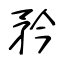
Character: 矜